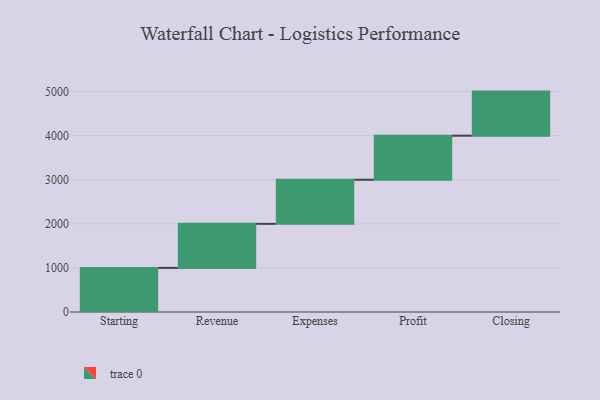
{"axis": {"x": "Step", "y": "Value"}, "legend": [""], "data": [{"x": "Starting", "y": 1000, "type": ""}, {"x": "Revenue", "y": 1000, "type": ""}, {"x": "Expenses", "y": 1000, "type": ""}, {"x": "Profit", "y": 1000, "type": ""}, {"x": "Closing", "y": 1000, "type": ""}]}